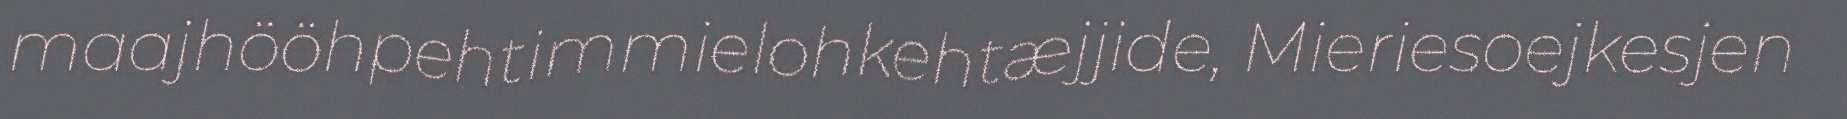
maajhööhpehtimmielohkehtæjjide, Mieriesoejkesjen